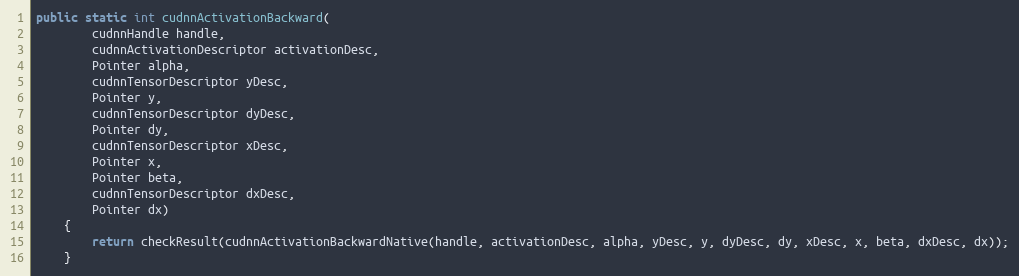
Language: Java
public static int cudnnActivationBackward(
        cudnnHandle handle,
        cudnnActivationDescriptor activationDesc,
        Pointer alpha,
        cudnnTensorDescriptor yDesc,
        Pointer y,
        cudnnTensorDescriptor dyDesc,
        Pointer dy,
        cudnnTensorDescriptor xDesc,
        Pointer x,
        Pointer beta,
        cudnnTensorDescriptor dxDesc,
        Pointer dx)
    {
        return checkResult(cudnnActivationBackwardNative(handle, activationDesc, alpha, yDesc, y, dyDesc, dy, xDesc, x, beta, dxDesc, dx));
    }